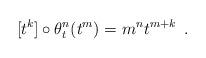
LaTeX: \begin{align*} [t^k]\circ \theta^{n}_t(t^m)=m^nt^{m+k}\enspace.\end{align*}